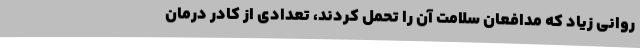
روانی زیاد که مدافعان سلامت آن را تحمل کردند، تعدادی از کادر درمان